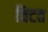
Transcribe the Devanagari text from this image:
विटत